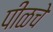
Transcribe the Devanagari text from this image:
पीळचे